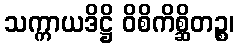
သက္ကာယဒိဋ္ဌိ ဝိစိကိစ္ဆိတဉ္စ၊